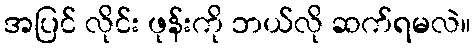
အပြင် လိုင်း ဖုန်းကို ဘယ်လို ဆက်ရမလဲ။